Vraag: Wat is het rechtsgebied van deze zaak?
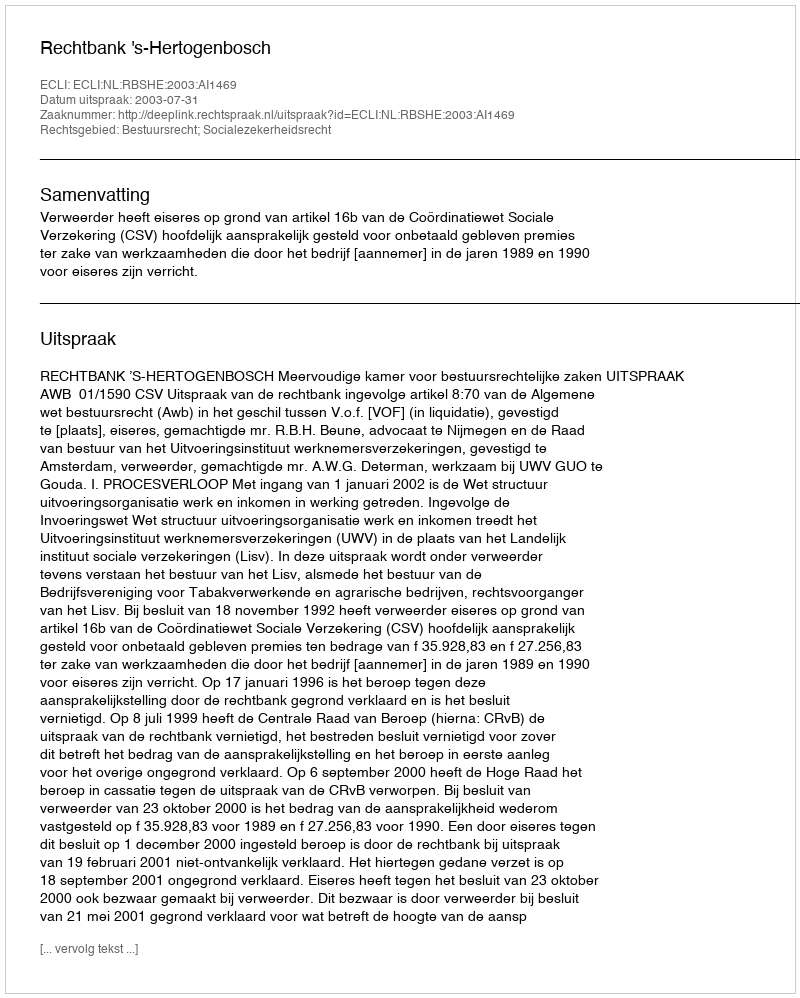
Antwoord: Bestuursrecht; Socialezekerheidsrecht